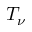
T _ { \nu }